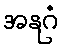
အနုဂံ